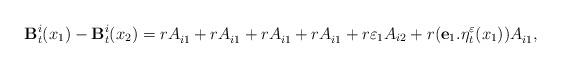
LaTeX: \begin{align*}\mathbf{B}^i_{t}(x_1)-\mathbf{B}^i_{t}(x_2)= rA_{i1}^{}+ rA_{i1}^{}+rA_{i1}^{}+rA_{i1}^{}+r\varepsilon_1 A_{i2}+r(\mathbf{e}_1.\eta_t^\varepsilon(x_1))A_{i1}^{}, \end{align*}